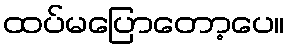
ထပ်မပြောတော့ပေ။